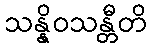
သန္နိဝသန္တီတိ